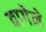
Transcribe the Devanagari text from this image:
वागेने